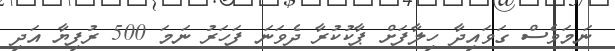
ނަމަވެސް ގަވައިދާ ހިލާފަށް ޕާކުކުރާ ދެވަނަ ފަހަރު ނަމަ 500 ރުފިޔާ އަދި